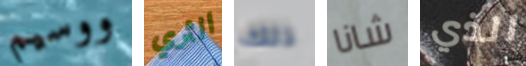
ووسيم الثري ذلك شانا الذي